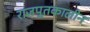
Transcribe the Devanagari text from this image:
राजपूतकालीन